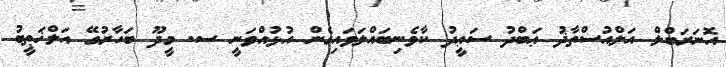
އޮނަރަބްލް އަލްއުސްތާޛު ޢަބްދު ސަޢީދު ކާވެނިބައްލަވައިގެން އުޅުއްވަނީ ސ. މީދޫ ބަހާރުގޭ އަލްޚަޠީބު